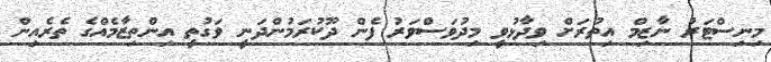
މިނިސްޓަރު ނާޒިމް އިތުރަށް ވިދާޅުވީ މިދުވަސްވަރު ފެން ދޫކުރަމުންދަނީ ވަގުތީ އިންތިޒާމެއްގެ ތެރެއިން